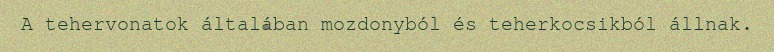
A tehervonatok általában mozdonyból és teherkocsikból állnak.